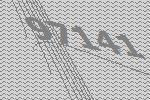
97141